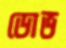
ডোভ